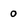
Character: o